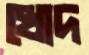
খোদ